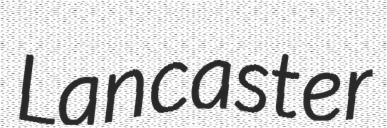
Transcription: Lancaster